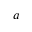
a